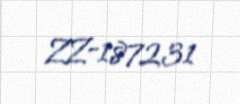
ZZ-187231